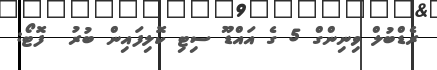
ރެޑްބުލް ވިނިންގް 5 ގެ އައްޑޫ ސިޓި ކޮލިިފައިން ބުރު  ފޮޓޯ: